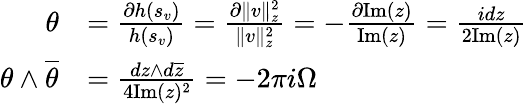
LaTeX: \begin{array}{rl}{\theta}&{=\frac{\partial h(s_{v})}{h(s_{v})}=\frac{\partial\| v\| _{z}^{2}}{\| v\| _{z}^{2}}=-\frac{\partial\mathrm{Im}(z)}{\mathrm{Im}(z)}=\frac{idz}{2\mathrm{Im}(z)}}\\ {\theta\wedge\overline{{\theta}}}&{=\frac{dz\wedge d\overline{{z}}}{4\mathrm{Im}(z)^{2}}=-2\pi i\Omega}\end{array}